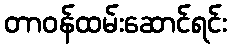
တာဝန်ထမ်းဆောင်ရင်း